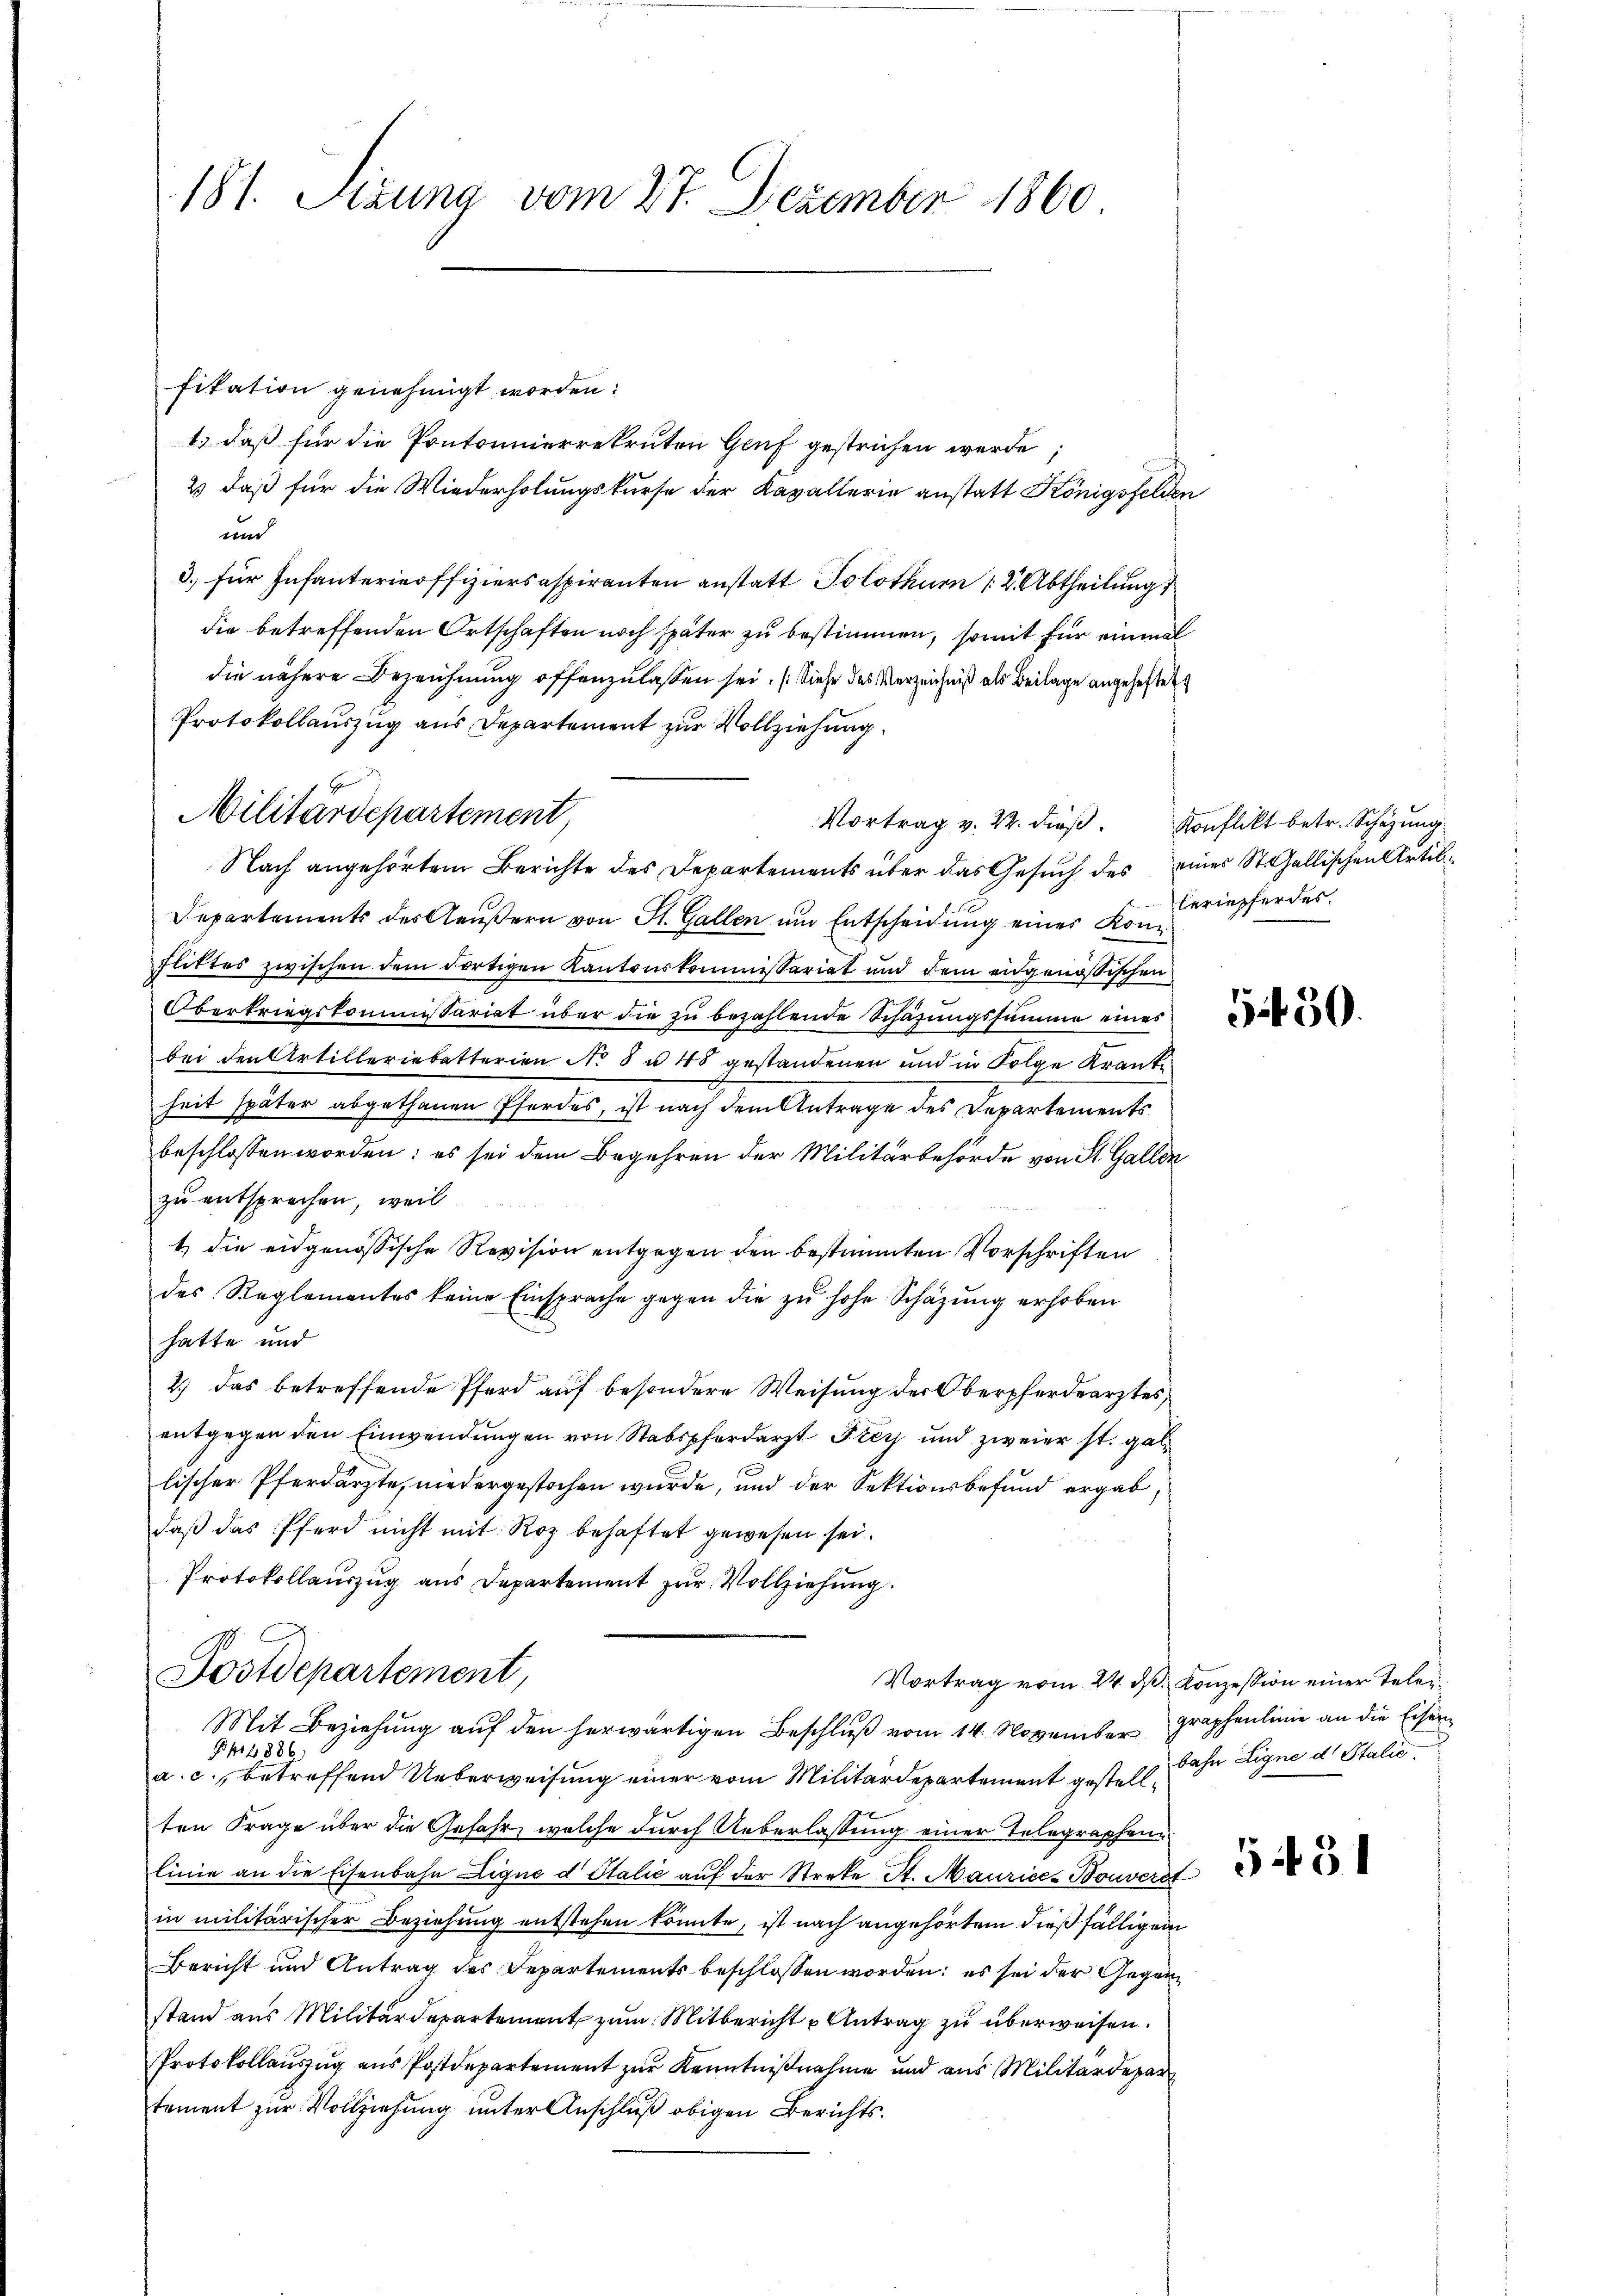
181. Sizung vom 27. Dezember 1860

fikation genehmigt worden:
1.) daß für die Pontonnierrekruten Genf gestrichen werde;
2 daß für die Wiederholungskurse der Kavallerie anstatt Königsfelder
tm
3) für Infanterieoffiziersaspiranten anstatt Solothurn 12. Abtheilung
die betreffenden Ortschaften noch später zu bestimmen, somit für einmal
die nähere Bezeichnung offenzulassen sei. (Siehe des Verzeichniß als Beilage angeheftet
Protokollauszug aus Departement zur Vollziehung
Vortrag v. 22. dieβ. Konflikt betr. Schazung
Nach angehörtem Berichte des Departements über das Gesuch des eines St. Gallischen Artil¬
Departements des Aeußern von St. Gallen um Entscheidung eines Konfliktes zwischen dem dortigen Kantonskommissariat und dem eidgenössischen
Obertriegskommissariat über die zu bezahlende Schafungssumme eines
bei den Artilleriebetterien No 8 u. 48 gestandenen und in Folge Kranke
heit später abgethanen Pferdes, ist nach dem Antrage des Departements
beschlossen worden: es sei dem Begehren der Militärbehörde von St. Gallen
zu entsprochen, weil
1) die eidgenössische Revision entgegen den bestimmten Vorschriften
des Reglementes keine Einsprache gegen die zŭ hohe Schäzŭng erhoben
hatte und
2.) Das betreffende Pferd auf besondere Weisung der Oberpferdearztes,
entgegen den Einwendungen von Stabspferdarzt Frey und zweier st. gab
lischer Pferdärzte, niedergestochen wurde, und der Sektionsbefund ergab,
daß das Pferd nicht mit Roz behaftet gewesen sei.
Protokollauszug aus Departement zur Vollziehung.
Postdepartement,
Vortrag vom 24. ds Konzession einer Tele¬
Mit Beziehung aŭf den herwärtigen Beschluß vom 14. November graphenlinie an die Eisern
f1 886
a. c., betreffend Ueberweisung einer vom Militärdepartement gestellt. Dahn Eigne d. Stalić
ten Frage über die Gefahr, welche durch Ueberlassung einer Telegraphen
linie an die Eisenbahn Ligne d Italić auf der Streke St. Maurice-Bouverst
in militärischer Beziehung entstehen könnte, ist nach angehörtem dießfälligem
Bericht und Antrag des Departements beschlossen worden; es sei der Gegenstand aus Militärdepartement zŭm Mitbericht u Antrag zŭ überweisen.
Protokollauszug aus Postdepartement zur Kenntnißnahme und aus Militärdepar
tement zur Vollziehung unter Anschluß obigen Berichts¬

Militärdepartement

1

leriepferdes

5150.

5451